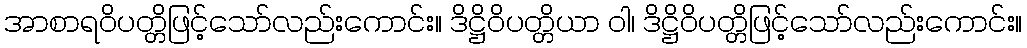
အာစာရဝိပတ္တိဖြင့်သော်လည်းကောင်း။ ဒိဋ္ဌိဝိပတ္တိယာ ဝါ၊ ဒိဋ္ဌိဝိပတ္တိဖြင့်သော်လည်းကောင်း။